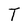
Character: T